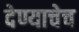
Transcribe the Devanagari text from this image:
देण्याचेच